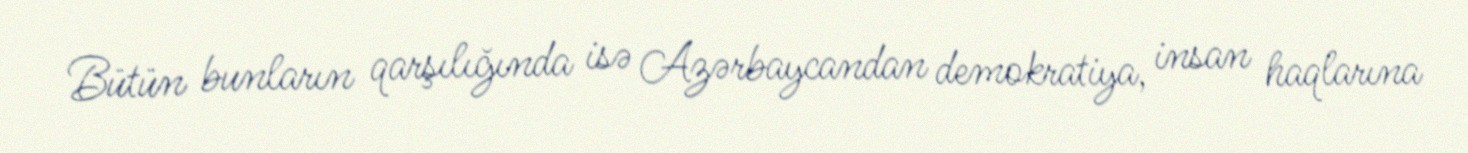
Bütün bunların qarşılığında isə Azərbaycandan demokratiya, insan haqlarına